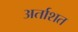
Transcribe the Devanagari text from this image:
अर्ताशत